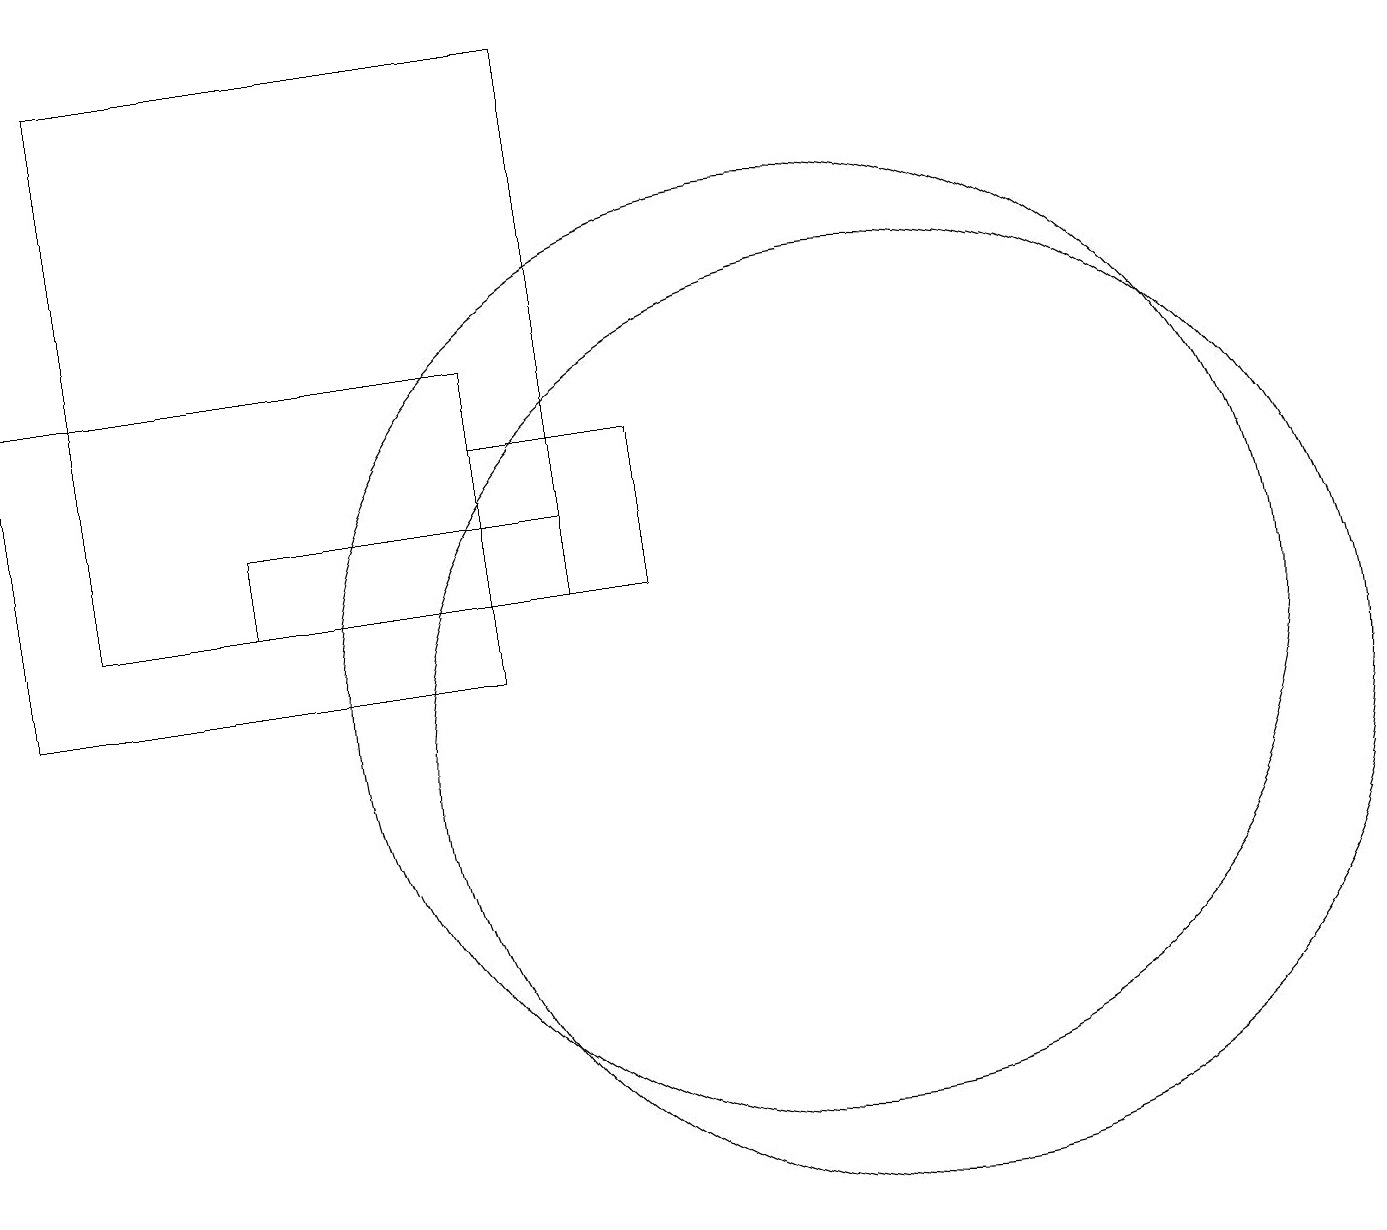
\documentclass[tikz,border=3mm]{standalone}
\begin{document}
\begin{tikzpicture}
\draw (8,14) rectangle (6,12);
\draw (7,19) rectangle (1,12);
\draw (3,12) rectangle (7,13);
\draw (10,11) circle (6);
\draw (0,11) rectangle (6,15);
\draw (11,10) circle (6);
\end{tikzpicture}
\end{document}